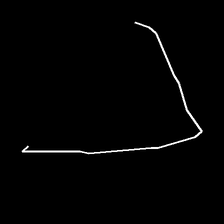
Glyph: region